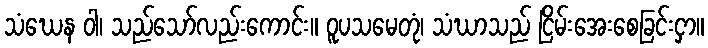
သံဃေန ဝါ၊ သည်သော်လည်းကောင်း။ ဝူပသမေတုံ၊ သံဃာသည် ငြိမ်းအေးစေခြင်းငှာ။